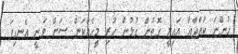
ހުންނަ ކުއްޖާއާ އައިލީ ގޮތުން ގުޅުން ހުރި މީހެއްކަން ސަން ވަނީ އެނގިފަ